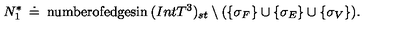
N _ { 1 } ^ { * } \: \doteq \: \mathrm { n u m b e r o f e d g e s i n } \: ( I n t T ^ { 3 } ) _ { s t } \setminus ( \{ \sigma _ { F } \} \cup \{ \sigma _ { E } \} \cup \{ \sigma _ { V } \} ) .